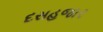
દસહજાર